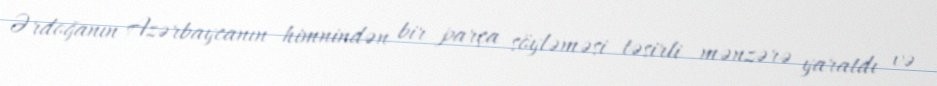
Ərdoğanın Azərbaycanın himnindən bir parça söyləməsi təsirli mənzərə yaratdı və